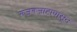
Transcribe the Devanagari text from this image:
गजबजाटापासून